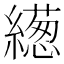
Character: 繱